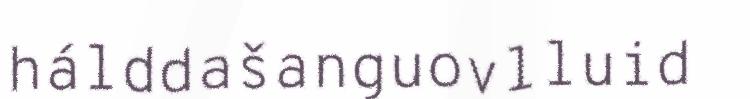
hálddašanguovlluid